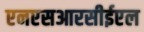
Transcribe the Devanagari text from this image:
एनएसआरसीईएल